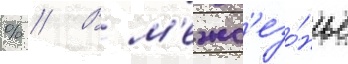
% // В м'ежс'езо́нье